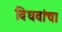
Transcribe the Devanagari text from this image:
विधवांचा